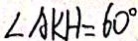
\angle A K H = 6 0 ^ { \circ }